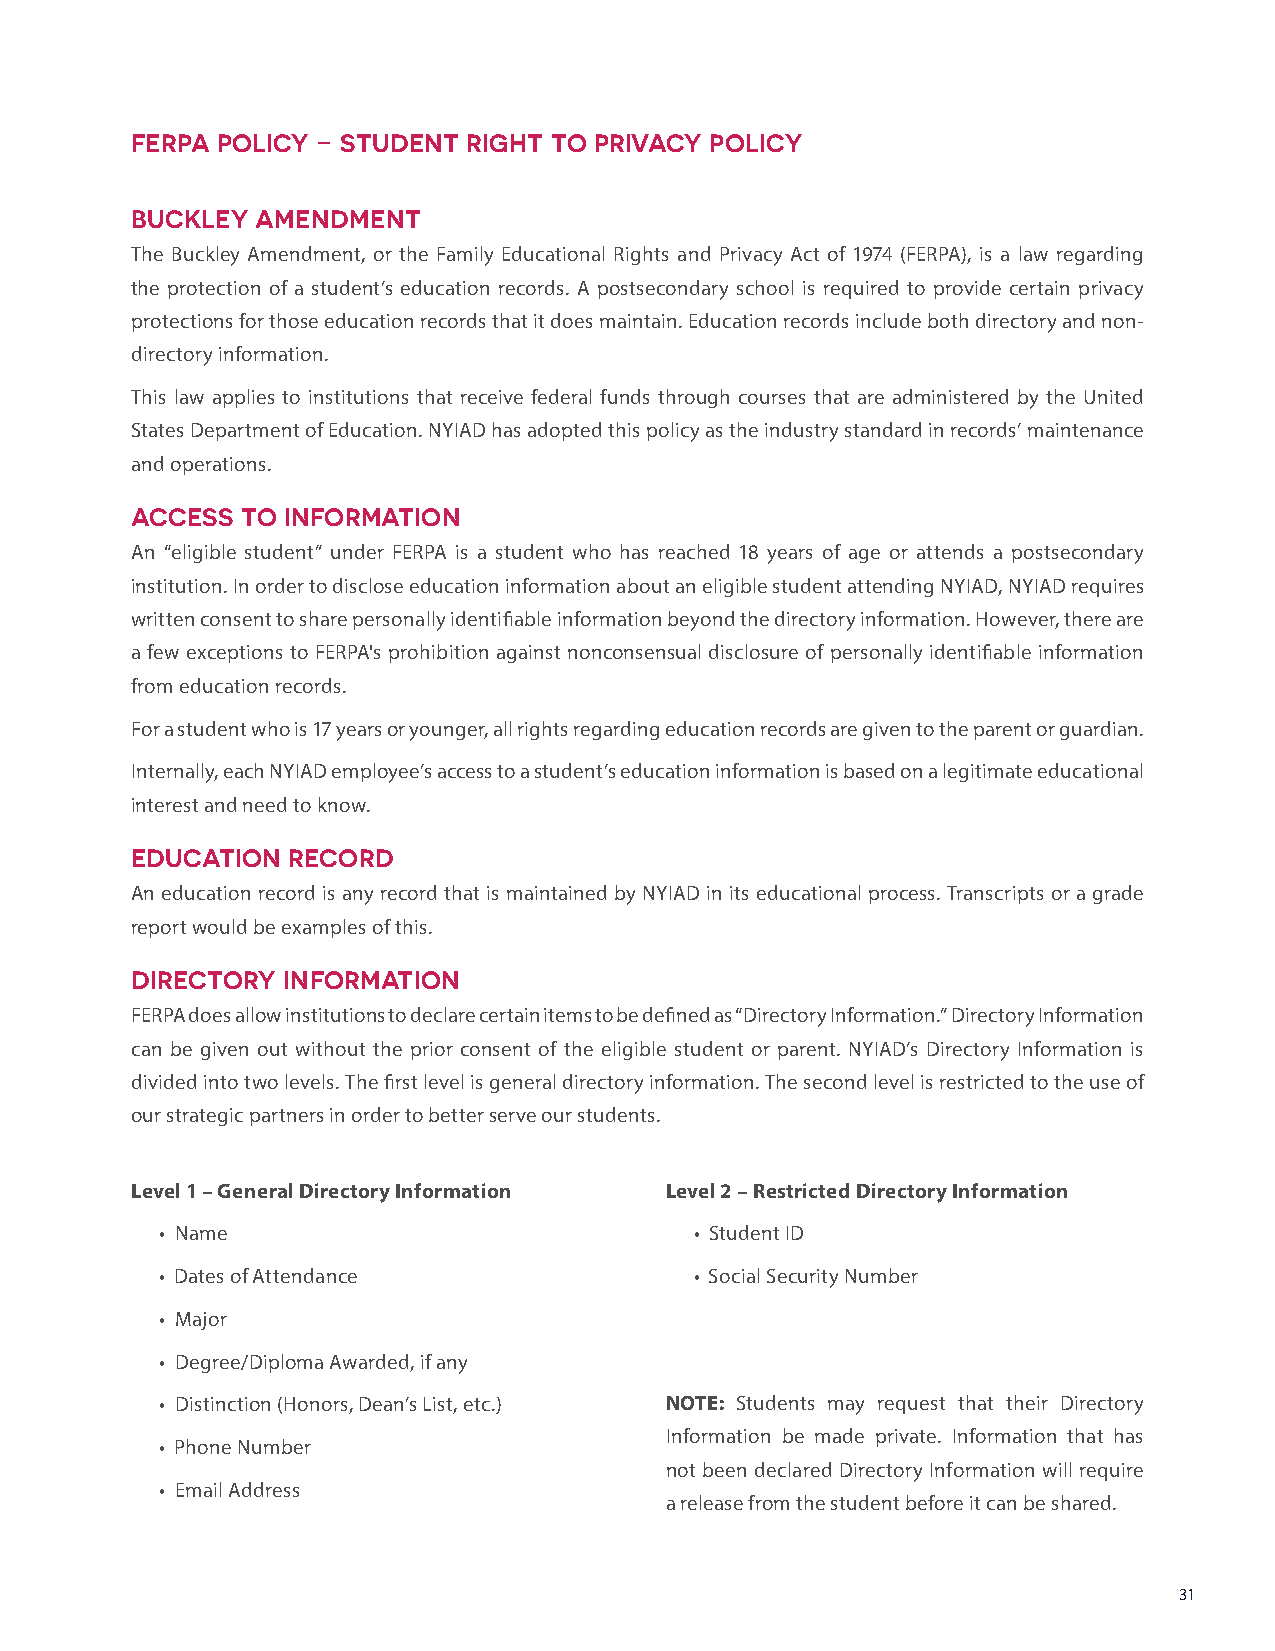
FERPA POLICY – STUDENT RIGHT TO PRIVACY POLICY
 BUCKLEY AMENDMENT
 The Buckley Amendment, or the Family Educational Rights and Privacy Act of 1974 (FERPA), is a law regarding
 the protection of a student’s education records. A postsecondary school is required to provide certain privacy
 protections for those education records that it does maintain. Education records include both directory and non-
 directory information.
 This law applies to institutions that receive federal funds through courses that are administered by the United
 States Department of Education. NYIAD has adopted this policy as the industry standard in records’ maintenance
 and operations.
 ACCESS TO INFORMATION
 An “eligible student” under FERPA is a student who has reached 18 years of age or attends a postsecondary
 institution. In order to disclose education information about an eligible student attending NYIAD, NYIAD requires
 written consent to share personally identifiable information beyond the directory information. However, there are
 a few exceptions to FERPA's prohibition against nonconsensual disclosure of personally identifiable information
 from education records.
 For a student who is 17 years or younger, all rights regarding education records are given to the parent or guardian.
 Internally, each NYIAD employee’s access to a student’s education information is based on a legitimate educational
 interest and need to know.
 EDUCATION RECORD
 An education record is any record that is maintained by NYIAD in its educational process. Transcripts or a grade
 report would be examples of this.
 DIRECTORY INFORMATION
 FERPA does allow institutions to declare certain items to be defined as “Directory Information.” Directory Information
 can be given out without the prior consent of the eligible student or parent. NYIAD’s Directory Information is
 divided into two levels. The first level is general directory information. The second level is restricted to the use of
 our strategic partners in order to better serve our students.
 Level 1 – General Directory Information Level 2 – Restricted Directory Information
 • Name                             • Student ID
 • Dates of Attendance              • Social Security Number
 • Major
 • Degree/Diploma Awarded, if any
 • Distinction (Honors, Dean’s List, etc.) NOTE: Students may request that their Directory
 Information be made private. Information that has
 • Phone Number
 not been declared Directory Information will require
 • Email Address
 a release from the student before it can be shared.
 31